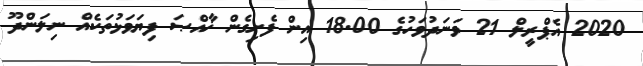
2020 އެޕްރީލް 21 ވަނަދުވަހުގެ 18.00 އިން ފެށިގެން ޚާއްޞަ ފިޔަވަޅުތަކެއް ނިލަންދޫ